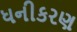
ધનીકરણ